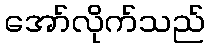
အော်လိုက်သည်